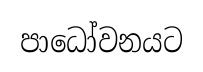
පාධෝවනයට